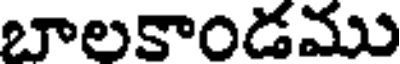
బాలకాండము